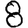
Digit: 8